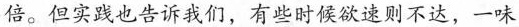
倍。但实践也告诉我们，有些时候欲速则不达，一味